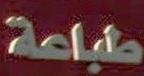
طباعة